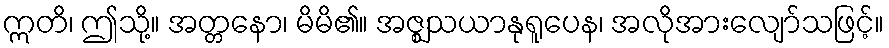
ဣတိ၊ ဤသို့။ အတ္တနော၊ မိမိ၏။ အဇ္ဈသယာနုရူပေန၊ အလိုအားလျော်သဖြင့်။